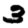
Digit: 3